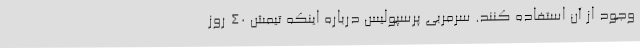
وجود از آن استفاده کنند. سرمربی پرسپولیس درباره اینکه تیمش 40 روز